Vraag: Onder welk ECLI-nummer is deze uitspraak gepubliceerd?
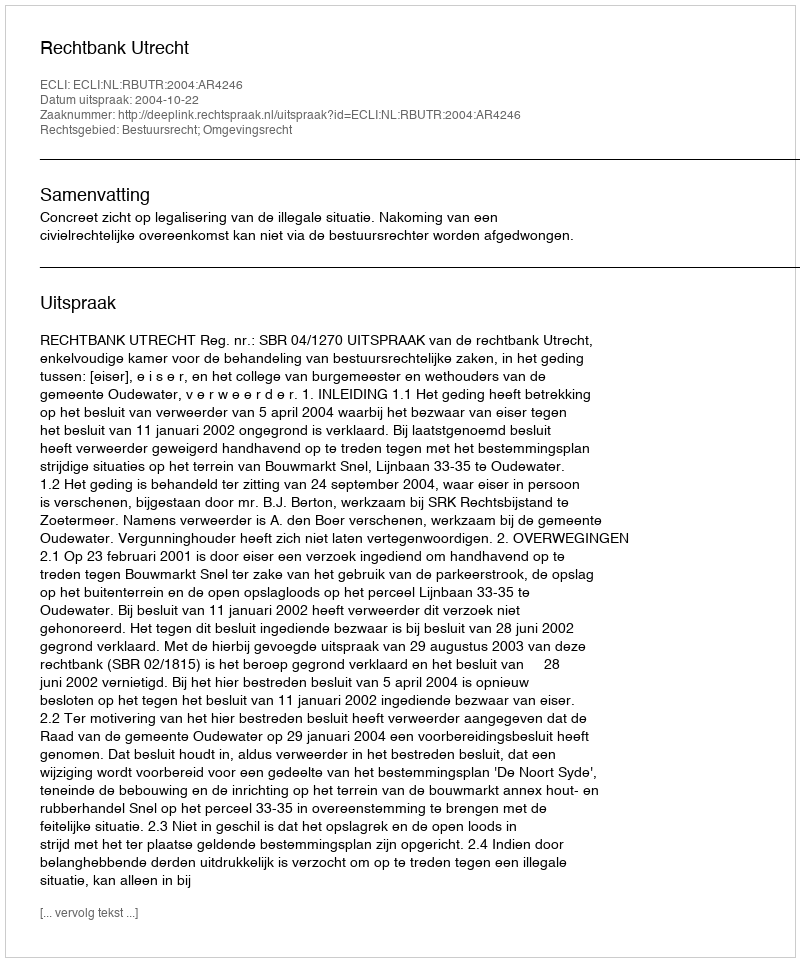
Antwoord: ECLI:NL:RBUTR:2004:AR4246